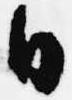
日